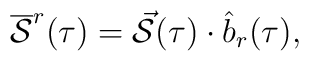
\overline{\cal S}^r(\tau)=\vec{\cal S}(\tau)\cdot\hat{b}_r(\tau),